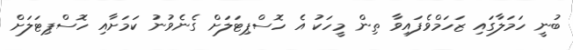
ބުނީ ހަމަލާގައި ޒަހަމްވެފައިވާ ތިން މީހަކު އެ ހޮސްޕިޓަލަށް ގެނެވުނު ކަމަށާއި ހޮސްޕިޓަލަށް